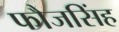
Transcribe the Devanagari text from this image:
फौजसिंह